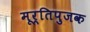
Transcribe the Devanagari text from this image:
मूर्तिपुजक